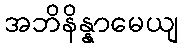
အဘိနိန္နာမေယျ